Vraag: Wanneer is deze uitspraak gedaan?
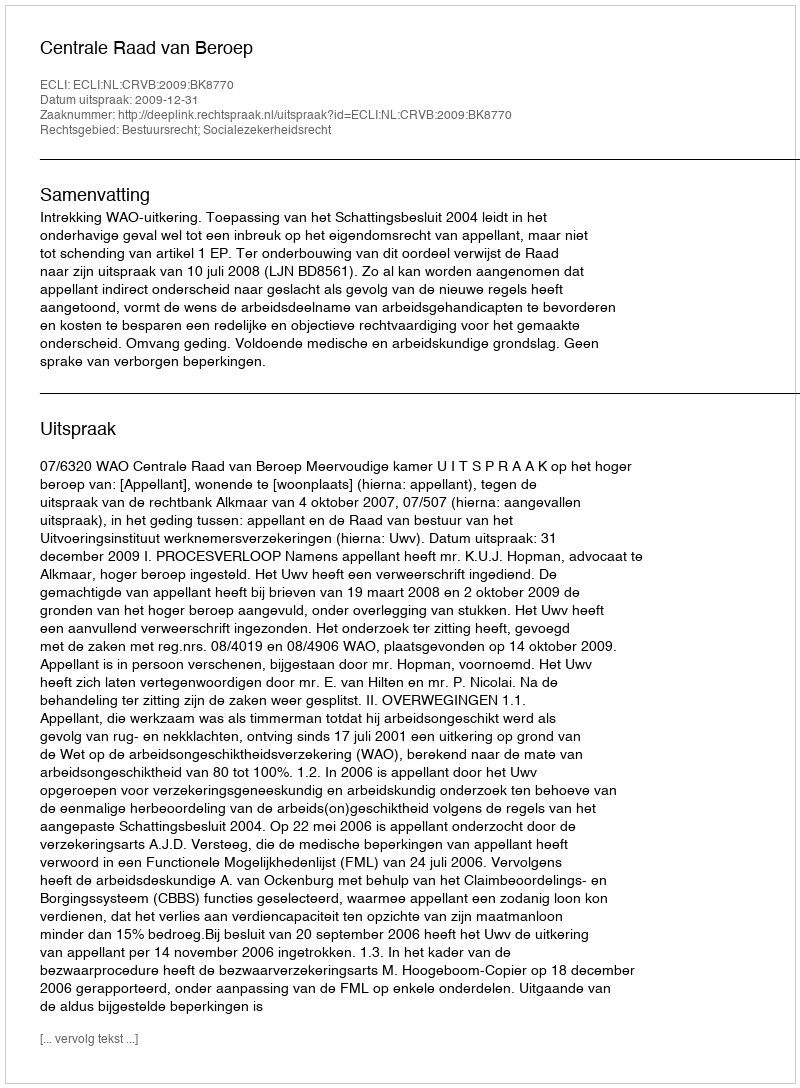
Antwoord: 2009-12-31